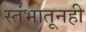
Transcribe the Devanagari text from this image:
स्तंभातूनही